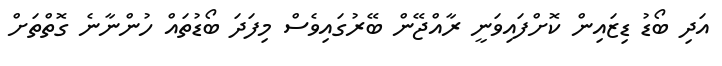
އަދި ބޯޑު ޑިޒައިން ކޮށްފައިވަނީ ރާއްޖޭން ބޭރުގައިވެސް މިފަދަ ބޯޑުތައް ހުންނާނެ ގޮތްތަށް